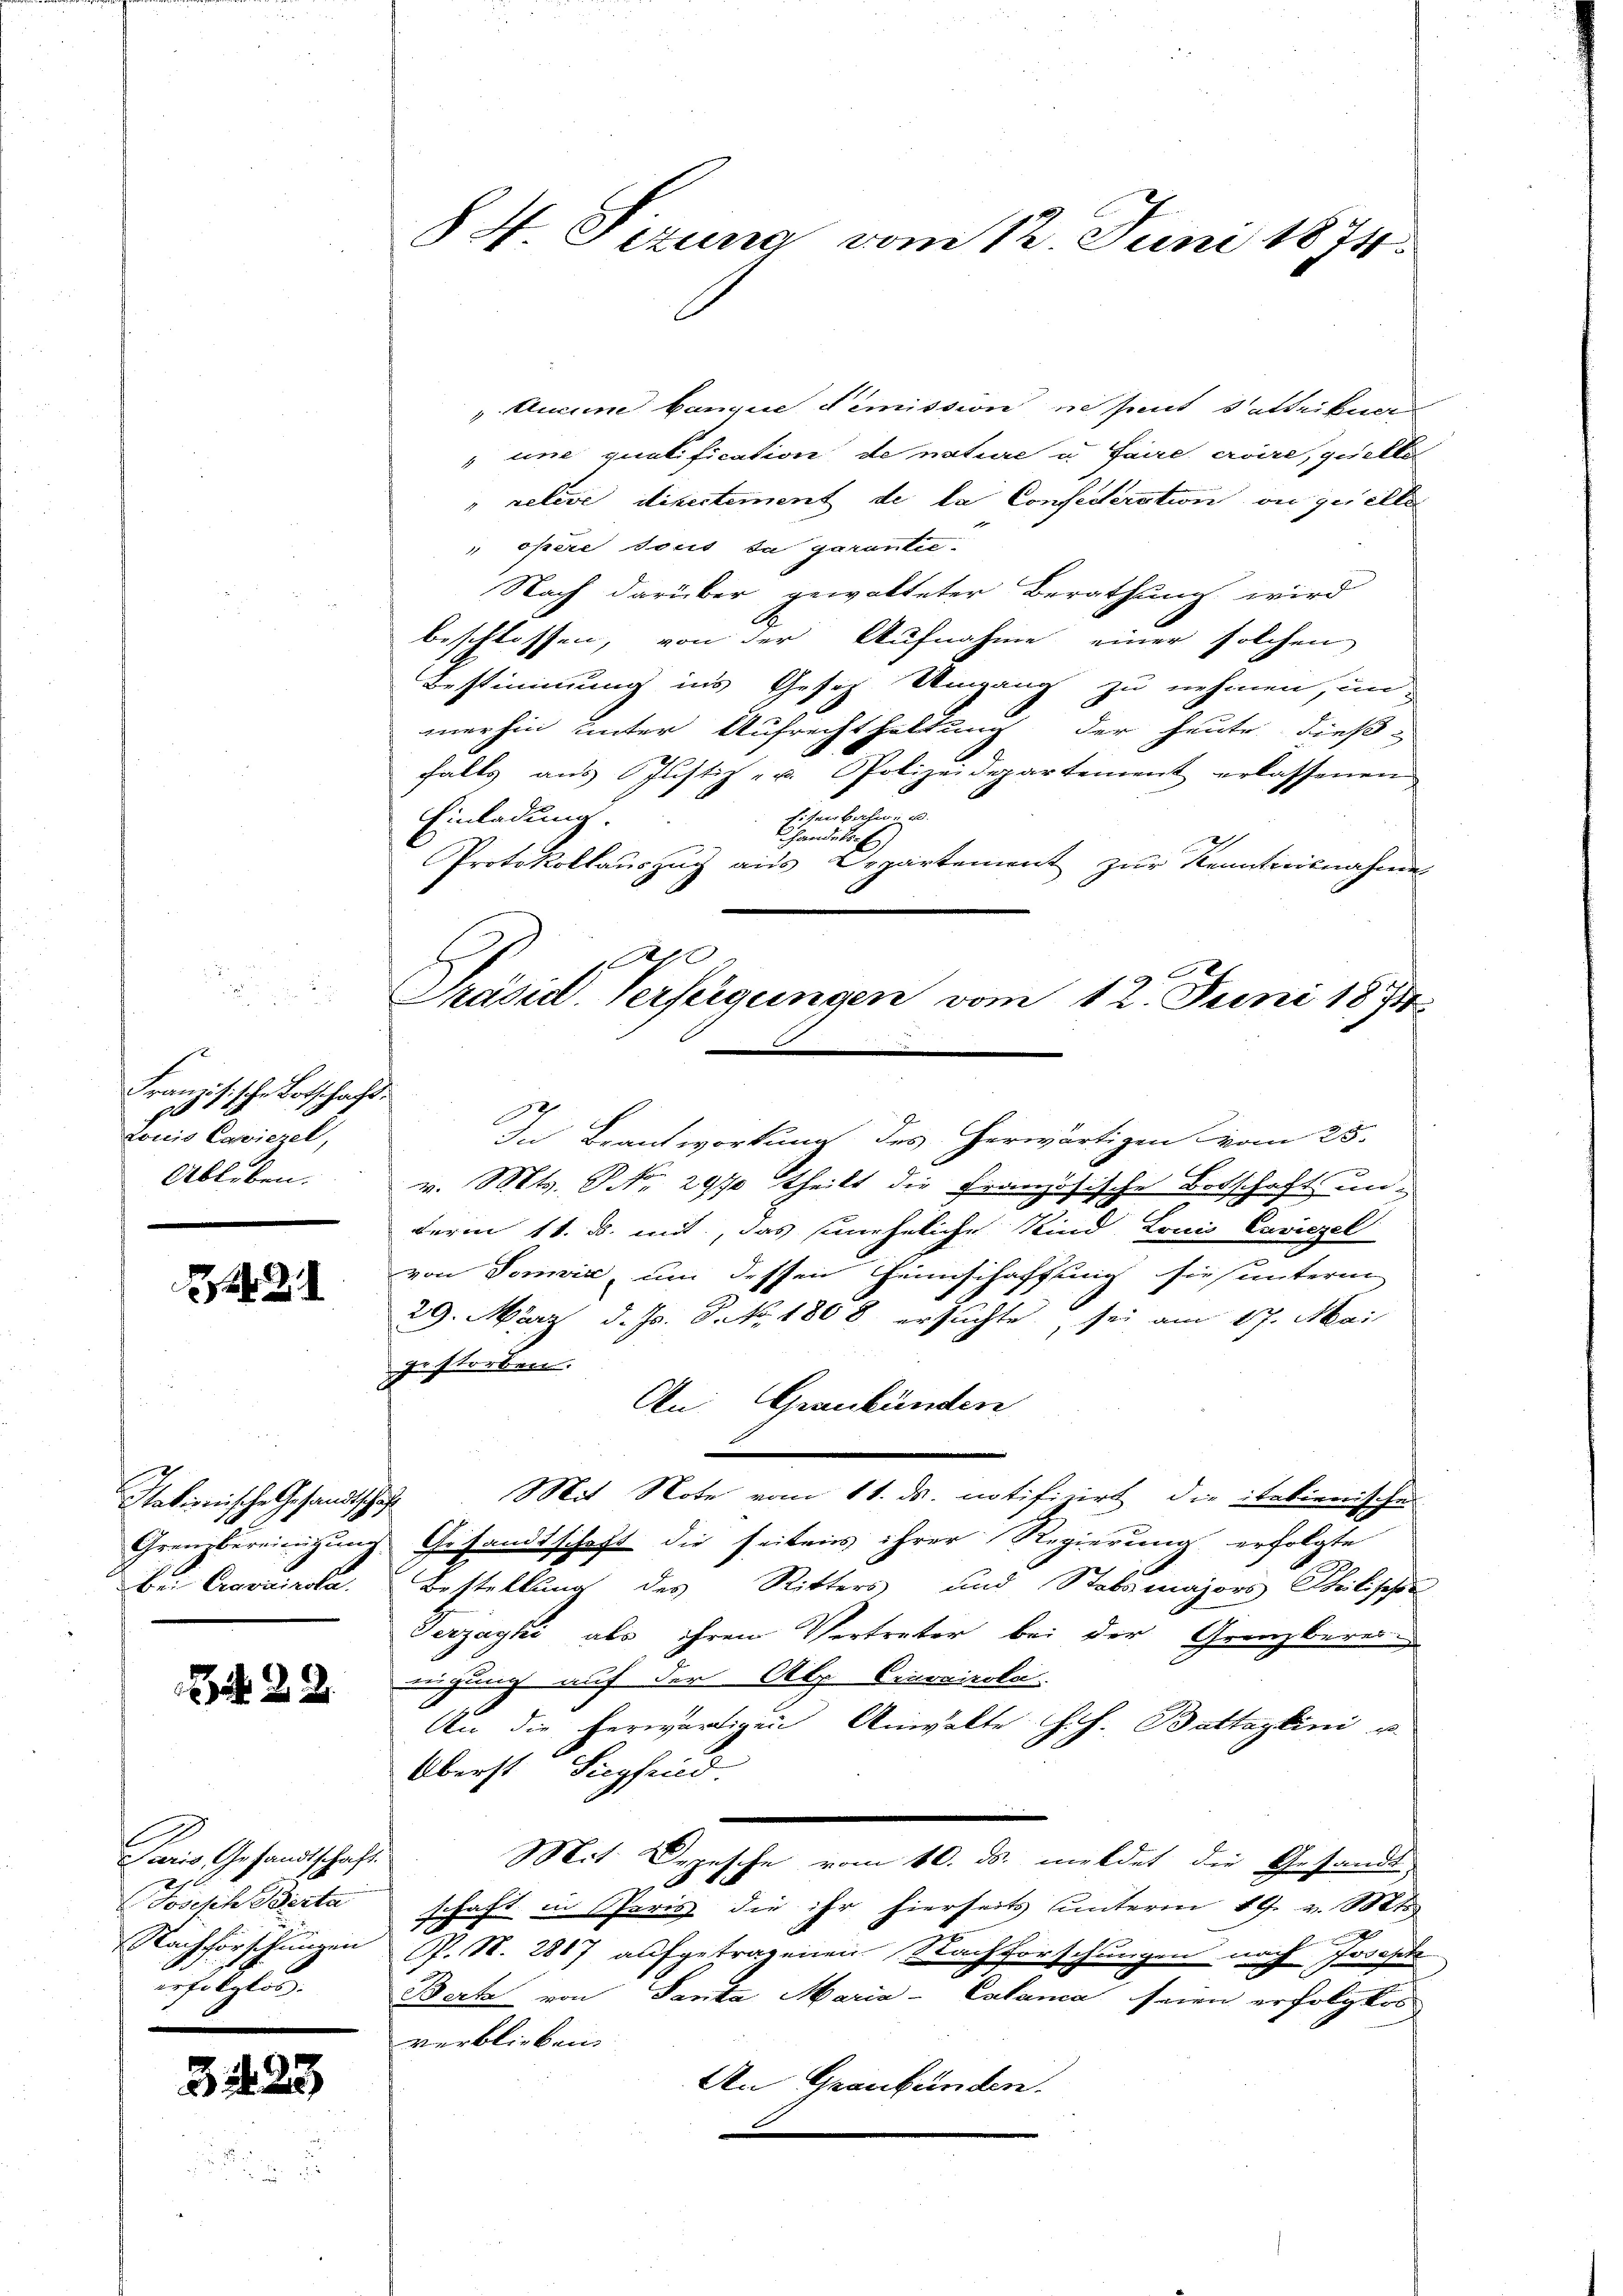
Französische Botschaft.
so
Lonio Cawiezel,
Ableben.

Stationische Gesandtschaft
bei Canonicola

22

Paris Gesandtschaft.
Joseph Besta
Nachforschungen
erfolglos.

324.

3

84 Sizung vom 12. Juni 1874.

" Aucune tanque dimission in seit detteilna
 une qualification de nature u. faire croire, puelle
" relige directement de la Confederation ou quelle
 opere sous, da garanter¬
Nach darüber gewalteter Berathung wird
beschlossen, von der Aufnahme einer solchen
Bestimmung ins Gesez Umgang zu nehmen, un
merhin unter Aufrechthaltung der heute dießfalls aŭs Justiz- u. Polizeidepartement erlassenen
Eisenbahn- u.
Einladung.
handels-E
Protokollauszug aus Departement zur Kenntnisnahme
Präsid. Verfügungen vom 12. Juni 1871
2
In Beantwortung des herwärtigen vom 25.
v. Mts. Nr. 2970 theilt die Französische Botschaft underm 11. d. mit, das uneheliche Kind Louis Caviczel
von Domie, um dessen Heimschaffung sie sunterm
29. März d. Js. P. Nr. 1808 ersuchte, sei am 17. Mai
zestorben.
An: Graubünden
Mit Note vom 11. ds. notifizirt, die italienische
Grenzbereinigung Gesandtschaft die seitens ihrer Regierung erfolgte
9
Bestellung des Ritters und Stabsmajors Theilischen
Gerzayhi als ihren Vertreter bei der Grenzberei
ngung auf der Alp Cravairole
An die herwärtigen Anwälte G. H. Battazlini u.
Oberst Siepfind.
Mit Depesche vom 10. ds. meldet die Gesandt
schaft in Paris die ihr hierseits unterm 19. v. Mts.
R. N. 2817 aufgetragenen Nachforschungen nach Jonaste
Berta von Santa Maria-Calanca seien erfolglos
verblieben. |
An Graubünden.

0
A